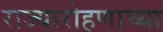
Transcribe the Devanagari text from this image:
राज्यारोहणाच्या